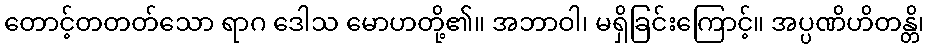
တောင့်တတတ်သော ရာဂ ဒေါသ မောဟတို့၏။ အဘာဝါ၊ မရှိခြင်းကြောင့်။ အပ္ပဏိဟိတန္တိ၊